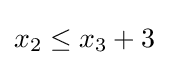
x_{2}\leq x_{3}+3